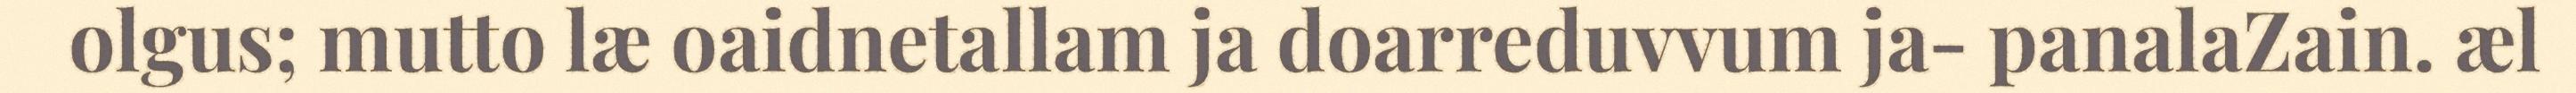
olgus; mutto læ oaidnetallam ja doarreduvvum ja- panalaZain. æl